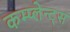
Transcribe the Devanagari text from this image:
कम्प्लेन्ट्स